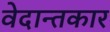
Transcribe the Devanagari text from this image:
वेदान्तकार